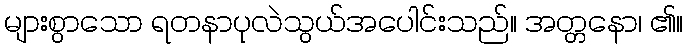
များစွာသော ရတနာပုလဲသွယ်အပေါင်းသည်။ အတ္တနော၊ ၏။